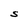
Character: S